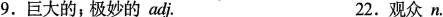
9.巨大的；极妙的adj. 22.观众n.